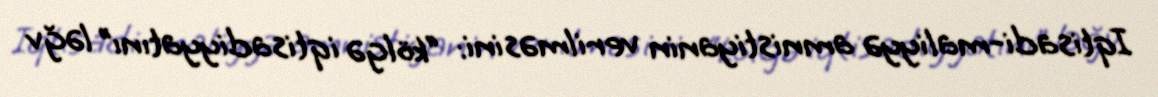
Iqtisadi-maliyyə amnistiyanin verilməsini: “kölgə iqtisadiyyatını” ləğv